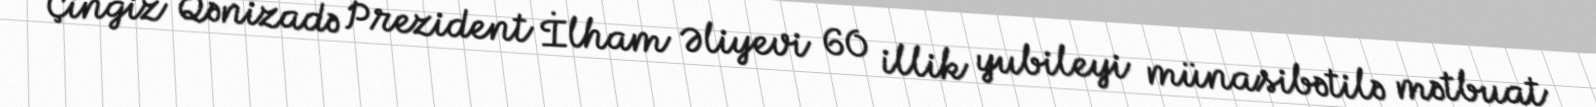
Çingiz Qənizadə Prezident İlham Əliyevi 60 illik yubileyi münasibətilə mətbuat